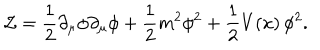
{ \cal L } = \frac { 1 } { 2 } \partial _ { \mu } \phi \partial _ { \mu } \phi + \frac { 1 } { 2 } m ^ { 2 } \phi ^ { 2 } + \frac { 1 } { 2 } V ( x ) \, \phi ^ { 2 } .